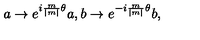
a \rightarrow e ^ { i { \frac { m } { \mid m \mid } } \theta } a , b \rightarrow e ^ { - i { \frac { m } { \mid m \mid } } \theta } b ,